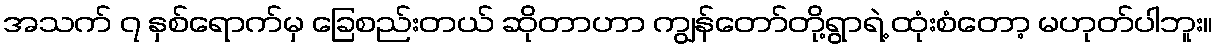
အသက် ၇ နှစ်ရောက်မှ ခြေစည်းတယ် ဆိုတာဟာ ကျွန်တော်တို့ရွာရဲ့ ထုံးစံတော့ မဟုတ်ပါဘူး။